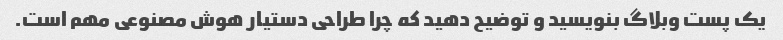
یک پست وبلاگ بنویسید و توضیح دهید که چرا طراحی دستیار هوش مصنوعی مهم است.